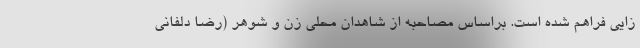
زایی فراهم شده است. براساس مصاحبه از شاهدان محلی زن و شوهر (رضا دلفانی